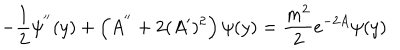
- \frac { 1 } { 2 } \psi ^ { ' ^ { \prime } } ( y ) + \left( A ^ { ' ^ { \prime } } + 2 ( A ^ { \prime } ) ^ { 2 } \right) \psi ( y ) = \frac { m ^ { 2 } } { 2 } e ^ { - 2 A } \psi ( y )